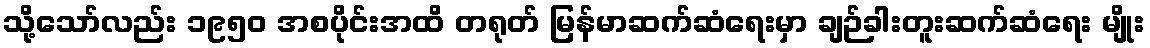
သို့သော်လည်း ၁၉၅၀ အစပိုင်းအထိ တရုတ် မြန်မာဆက်ဆံရေးမှာ ချဉ်ခါးတူးဆက်ဆံရေး မျိုး